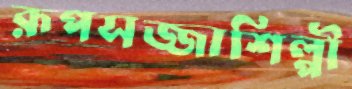
রূপসজ্জাশিল্পী